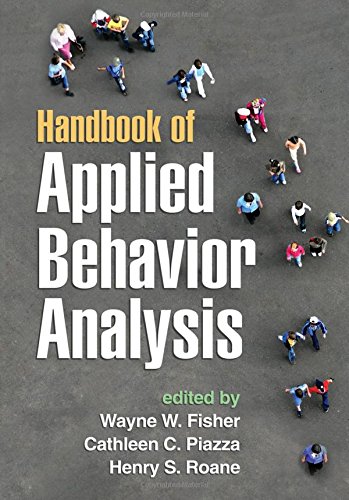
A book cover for Handbook of Applied Behavior Analysis; Medical Books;